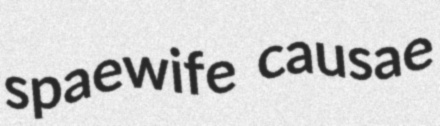
spaewife causae